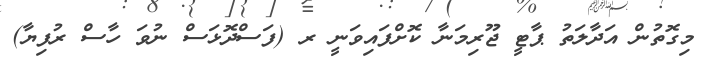
މިގޮތުން އަދާލަތު ޕާޓީ ޖޫރިމަނާ ކޮށްފައިވަނީ ރ (ފަސްދޮޅަސް ނުވަ ހާސް ރުފިޔާ)